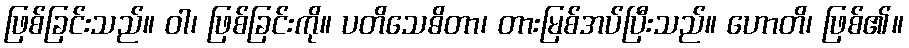
ဖြစ်ခြင်းသည်။ ဝါ၊ ဖြစ်ခြင်းကို။ ပတိသေဓိတာ၊ တားမြစ်အပ်ပြီးသည်။ ဟောတိ၊ ဖြစ်၏။